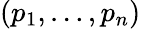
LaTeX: \left(p_{1},\ldots,p_{n}\right)